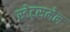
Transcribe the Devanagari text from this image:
स्टेट्समेन